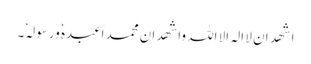
اشھد ان لا الہ الا اللہ واشھد ان محمد اًعبدہٗ ورسولہٗ۔